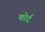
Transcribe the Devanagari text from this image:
कोर्द